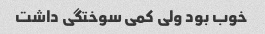
خوب بود ولی کمی سوختگی داشت